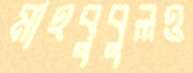
মাহবুবুলও